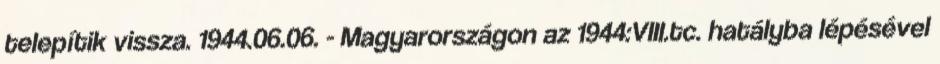
telepítik vissza. 1944.06.06. - Magyarországon az 1944:VIII.tc. hatályba lépésével